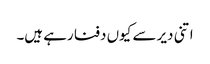
اتنی دیر سے کیوں دفنا رہے ہیں۔